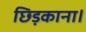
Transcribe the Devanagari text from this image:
छिड़काना।